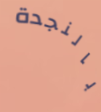
بالنجدة